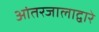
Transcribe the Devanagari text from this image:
आंतरजालाद्वारे